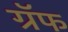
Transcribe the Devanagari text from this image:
ग्रॅफ